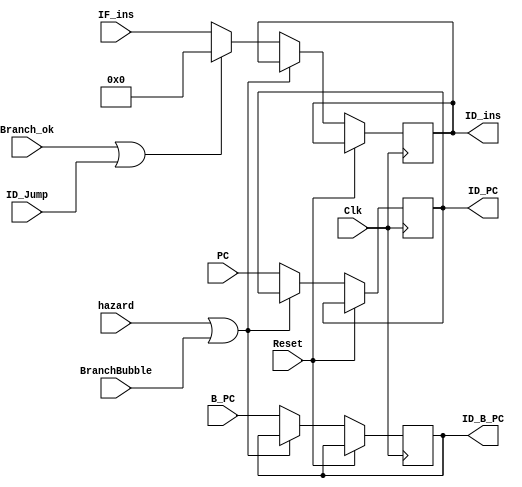
module IF_ID(Clk, Reset, ID_Jump, Branch_ok, hazard, IF_ins, ID_ins,
             B_PC, ID_B_PC, BranchBubble, PC, ID_PC);

    input Clk, Reset, hazard, Branch_ok, BranchBubble;
    input[1:0] ID_Jump;
    input[31:0] IF_ins;
    input[31:2] B_PC,PC;

    output reg[31:0] ID_ins;
    output reg[31:2] ID_B_PC, ID_PC;

    initial 
    begin
    	{ID_ins, ID_B_PC, ID_PC}<= 92'd0;
    end

    always @(posedge Clk)
    begin
    	if (!Reset) 
    	begin 
        	if (hazard || BranchBubble) 
        	begin

        	end 
        	else if (Branch_ok || ID_Jump) 
	            {ID_ins, ID_B_PC, ID_PC} <= {32'd0, B_PC, PC};
        	else 
				{ID_ins, ID_B_PC, ID_PC} <= {IF_ins, B_PC, PC};
		end
    end
endmodule